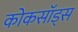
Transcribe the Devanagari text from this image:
कोकसॉड्स